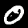
Label: 0